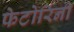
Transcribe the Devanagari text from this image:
फेटोरिनी